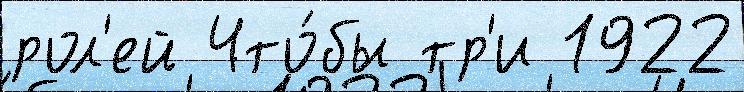
рол'ей Что́бы тр'и 1922